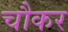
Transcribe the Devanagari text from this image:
चौकर